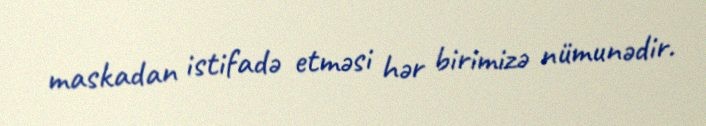
maskadan istifadə etməsi hər birimizə nümunədir.